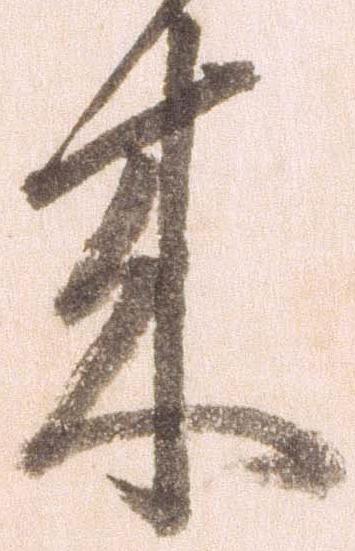
来